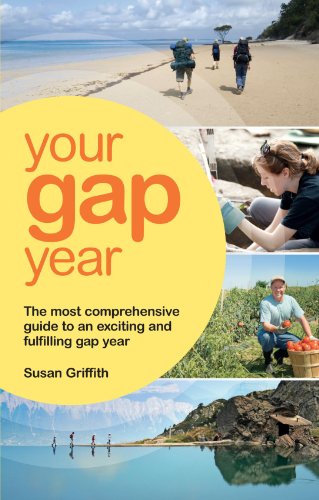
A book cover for Your Gap Year: The Most Comprehensive Guide to an Exciting and Fulfilling Gap Year; Susan Griffith; Travel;